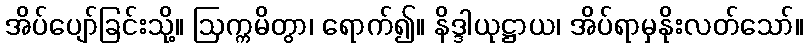
အိပ်ပျော်ခြင်းသို့။ ဩက္ကမိတွာ၊ ရောက်၍။ နိဒ္ဒါယုဋ္ဌာယ၊ အိပ်ရာမှနိုးလတ်သော်။